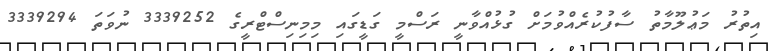
އިތުރު މަޢުލޫމާތު ސާފުކުރެއްވުމަށް ގުޅުއްވާނީ ރަސްމީ ގަޑީގައި މިމިނިސްޓްރީގެ 3339252 ނުވަތަ 3339294